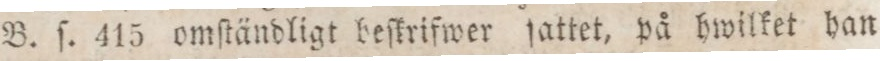
B. ſ. 415 omſtändligt beſkrifwer ſattet, på hwilket han